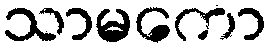
သာမကော